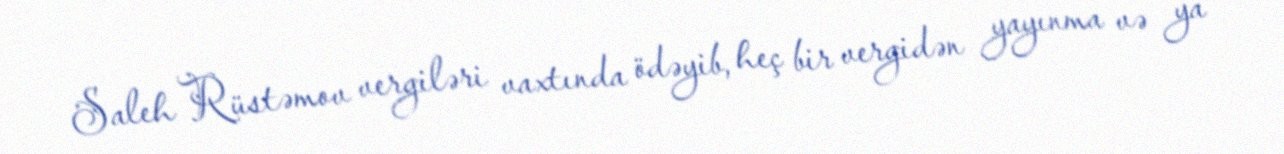
Saleh Rüstəmov vergiləri vaxtında ödəyib, heç bir vergidən yayınma və ya